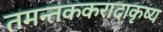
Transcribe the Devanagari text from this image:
तमन्तककरादाकृष्य